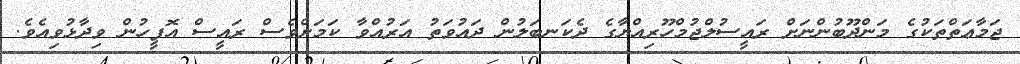
ޖަމާޢަތްތަކުގެ މަންދޫބުންނަށް ރައީސުލްޖުމްހޫރިއްޔާގެ ދެކަނބަލުން ދައުވަތު އަރުއްވާ ކަމަށްވެސް ރައީސް އޮފީހުން ވިދާޅުވިއެވެ.